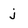
Character: j